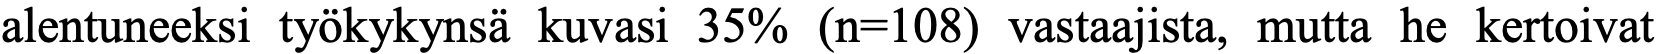
alentuneeksi työkykynsä kuvasi 35% (n=108) vastaajista, mutta he kertoivat